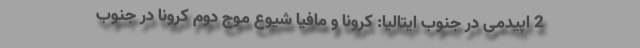
2 اپیدمی در جنوب ایتالیا: کرونا و مافیا شیوع موج دوم کرونا در جنوب